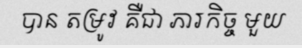
បាន តម្រូវ គឺជា ភារកិច្ច មួយ